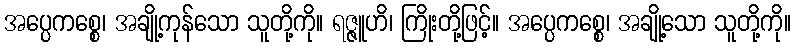
အပ္ပေကစ္စေ၊ အချို့ကုန်သော သူတို့ကို။ ရဇ္ဇူဟိ၊ ကြိုးတို့ဖြင့်။ အပ္ပေကစ္စေ၊ အချို့သော သူတို့ကို။